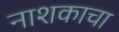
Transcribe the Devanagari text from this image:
नाशकाचा